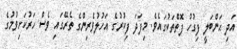
އަދި ޙަންބަލީ ފިގުހު ފޮތްތަކުގައެވެ. މިފަދަ ފިކުރުގެ އަހުލުވެރިންގެ ތެރޭގައި ވެސް ހަރުކަށިވުމުގެ